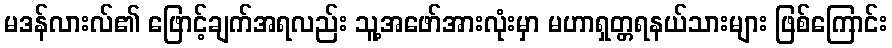
မဒန်လားလ်၏ ဖြောင့်ချက်အရလည်း သူ့အဖော်အားလုံးမှာ မဟာရှတ္တရနယ်သားများ ဖြစ်ကြောင်း